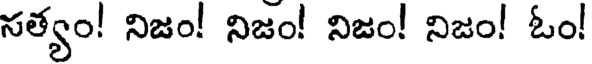
సత్యం! నిజం! నిజం! నిజం! నిజం! ఓం!